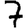
Digit: 7